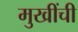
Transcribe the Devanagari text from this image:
मुखींची